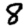
Digit: 8